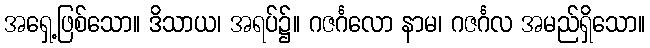
အရှေ့ဖြစ်သော။ ဒိသာယ၊ အရပ်၌။ ဂဇင်္ဂလော နာမ၊ ဂဇင်္ဂလ အမည်ရှိသော။